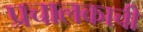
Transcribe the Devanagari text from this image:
प्रचालकाची